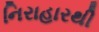
નિરાહારથી